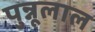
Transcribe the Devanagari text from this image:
पुन्नूलाल